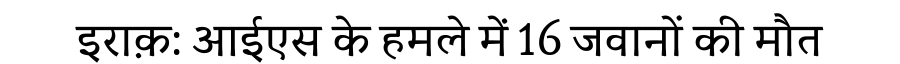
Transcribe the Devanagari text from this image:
इराक़: आईएस के हमले में 16 जवानों की मौत